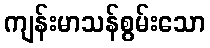
ကျန်းမာသန်စွမ်းသော